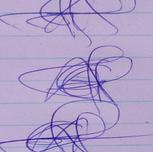
Signature authenticity: genuine